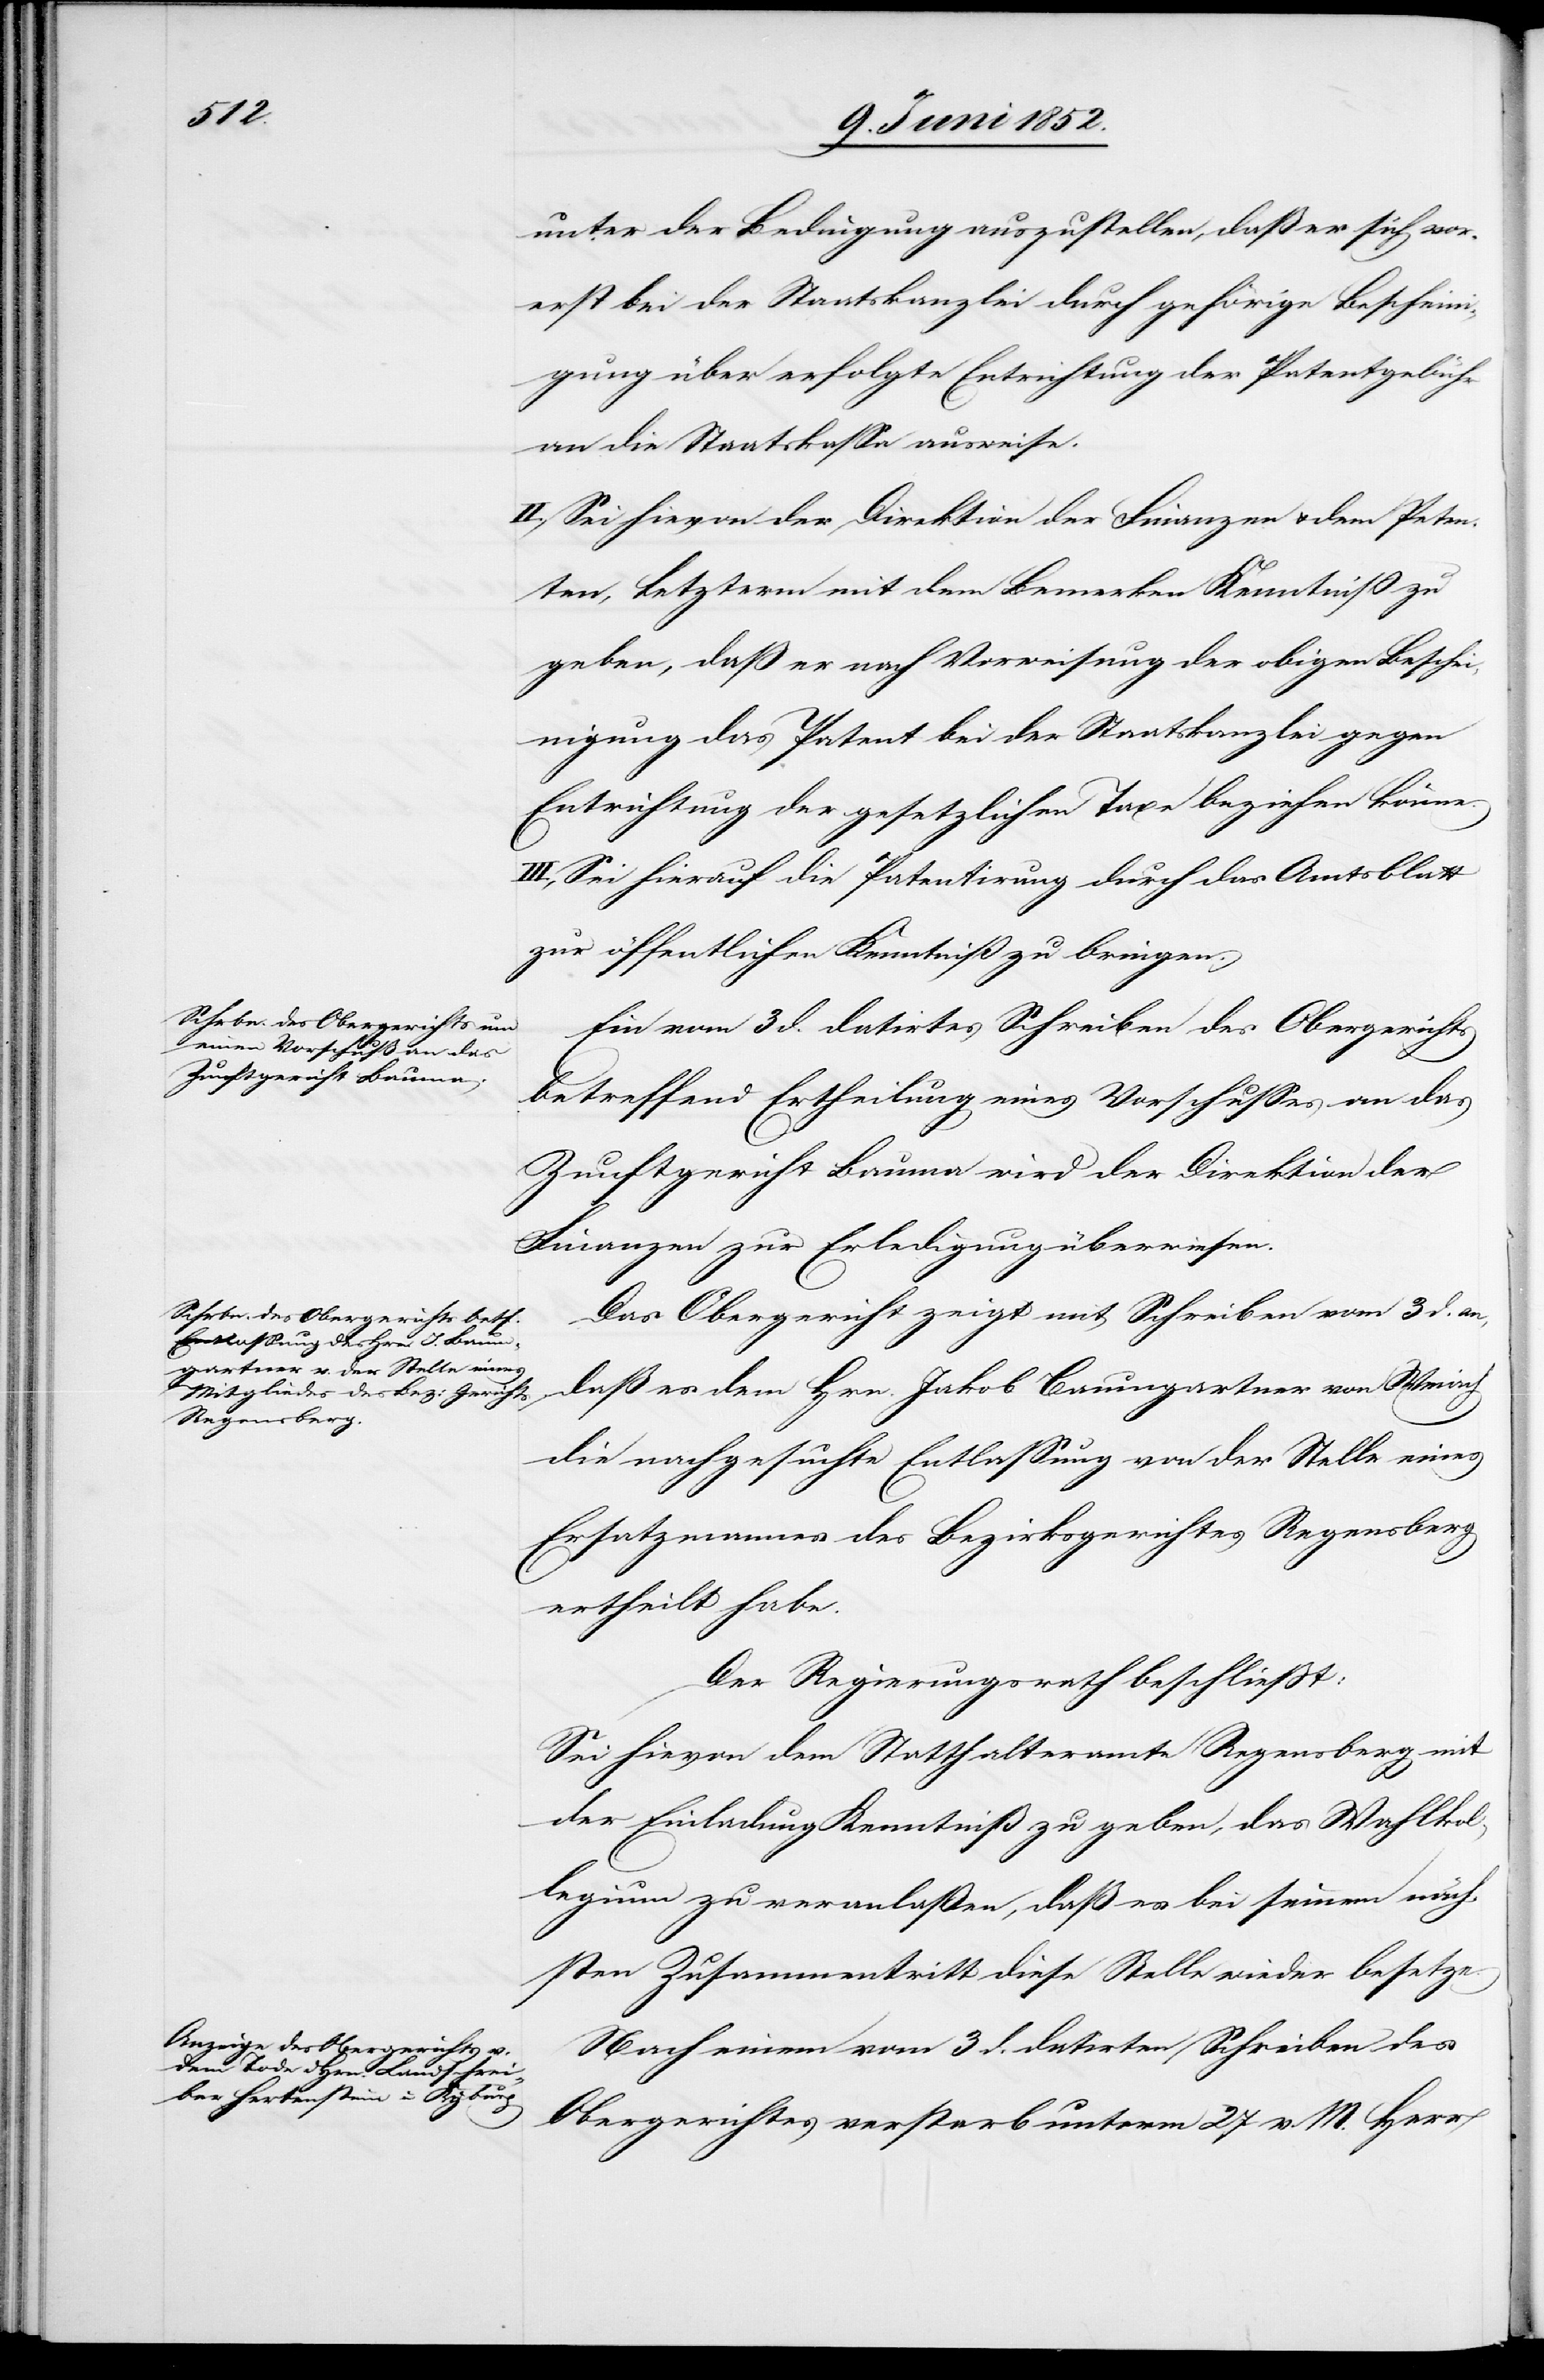
unter der Bedingung auszustellen, daß er sich vor¬
erst bei der Staatskanzlei durch gehörige Bescheini¬
gung über erfolgte Entrichtung der Patentgebühr
an die Staatskassa ausweise.
II., Sei hievon der Direktion der Finanzen & dem Peten¬
ten, Letzterm mit dem Bemerken Kenntniß zu
geben, dass er nach Vorweisung der obigen Besche¬
inigung das Patent bei der Staatskanzlei gegen
Entrichtung der gesetzlichen Taxe beziehen könne.
III., Sei hierauf die Patentirung durch das Amtsblatt
zur öffentlichen Kenntniß zu bringen.
Ein vom 3 d. datirtes Schreiben des Obergerichts
betreffend Ertheilung eines Vorschusses an das
Zunftgericht Bauma wird der Direktion der
Finanzen zur Erledigung überwiesen.
Das Obergericht zeigt mit Schreiben vom 3 d. an,
daß es dem Hrn. Jakob Baumgartner von Weiach
die nachgesuchte Entlassung von der Stelle eines
Ersatzmannes des Bezirksgerichtes Regensberg
ertheilt habe.
Der Regierungsrath beschliesst:
Sei hievon dem Statthalteramte Regensberg mit
der Einladung Kenntniß zu geben, das Wahlkol¬
legium zu veranlaßen, daß es bei seinem näch¬
sten Zusammentritt diese Stelle wieder besetze.
Nach einem vom 3 d. datirten Schreiben des
Obergerichtes verstarb unterm 27 v. M. Herr